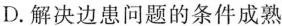
D.解决边患问题的条件成熟